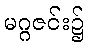
မဂ္ဂဇင်း၌